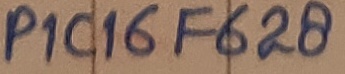
Text: PIC16F628